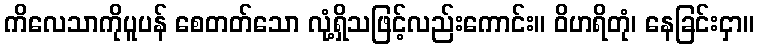
ကိလေသာကိုပူပန် စေတတ်သော လုံ့ရှိသဖြင့်လည်းကောင်း။ ဝိဟရိတုံ၊ နေခြင်းငှာ။